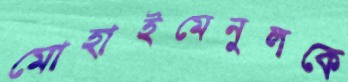
মোহাইমেনুলকে